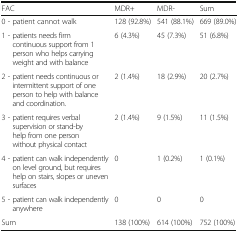
<table><thead><tr><td><b>FAC</b></td><td><b>MDR+</b></td><td><b>MDR-</b></td><td><b>Sum</b></td></tr></thead><tbody><tr><td>0 - patient cannot walk</td><td>128 (92.8%)</td><td>541 (88.1%)</td><td>669 (89.0%)</td></tr><tr><td>1 - patients needs firm continuous support from 1 person who helps carrying weight and with balance</td><td>6 (4.3%)</td><td>45 (7.3%)</td><td>51 (6.8%)</td></tr><tr><td>2 - patient needs continuous or intermittent support of one person to help with balance and coordination.</td><td>2 (1.4%)</td><td>18 (2.9%)</td><td>20 (2.7%)</td></tr><tr><td>3 - patient requires verbal supervision or stand-by help from one person without physical contact</td><td>2 (1.4%)</td><td>9 (1.5%)</td><td>11 (1.5%)</td></tr><tr><td>4 - patient can walk independently on level ground, but requires help on stairs, slopes or uneven surfaces</td><td>0</td><td>1 (0.2%)</td><td>1 (0.1%)</td></tr><tr><td>5 - patient can walk independently anywhere</td><td>0</td><td>0</td><td>0</td></tr><tr><td>Sum</td><td>138 (100%)</td><td>614 (100%)</td><td>752 (100%)</td></tr></tbody></table>